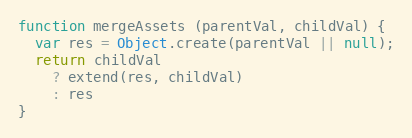
Language: JavaScript
function mergeAssets (parentVal, childVal) {
  var res = Object.create(parentVal || null);
  return childVal
    ? extend(res, childVal)
    : res
}